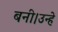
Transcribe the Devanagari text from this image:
बनी।उन्हे